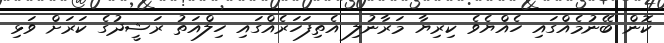
ކޮން ބޭނުމެއްގައި ހެއްޔެވެ ކިރިޔާ މަރާނުލި އެތިފަހަރެއްގައި ހިލްއަތު ރަޝީދުގެ ކަރަށް ވަޅި